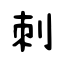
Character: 刺